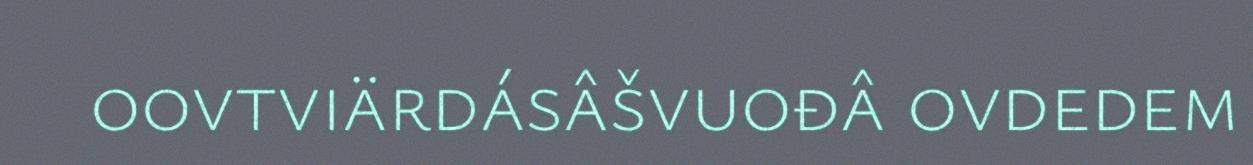
oovtviärdásâšvuođâ ovdedem